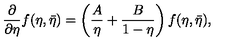
\frac { \partial } { \partial \eta } f ( \eta , \bar { \eta } ) = \left( \frac { A } { \eta } + \frac { B } { 1 - \eta } \right) f ( \eta , \bar { \eta } ) ,